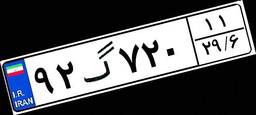
۹۲گ۷۲۰۱۱